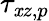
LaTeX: \tau_{\mathit{x}z,p}